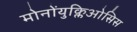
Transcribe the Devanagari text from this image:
मोनोंयुक्लिओसिस